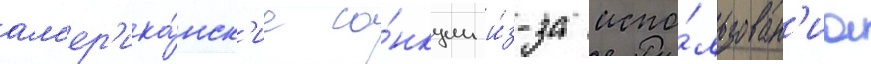
ам'ер'ика́нск'ие са́нкции и́з-за испо́льзован'иа